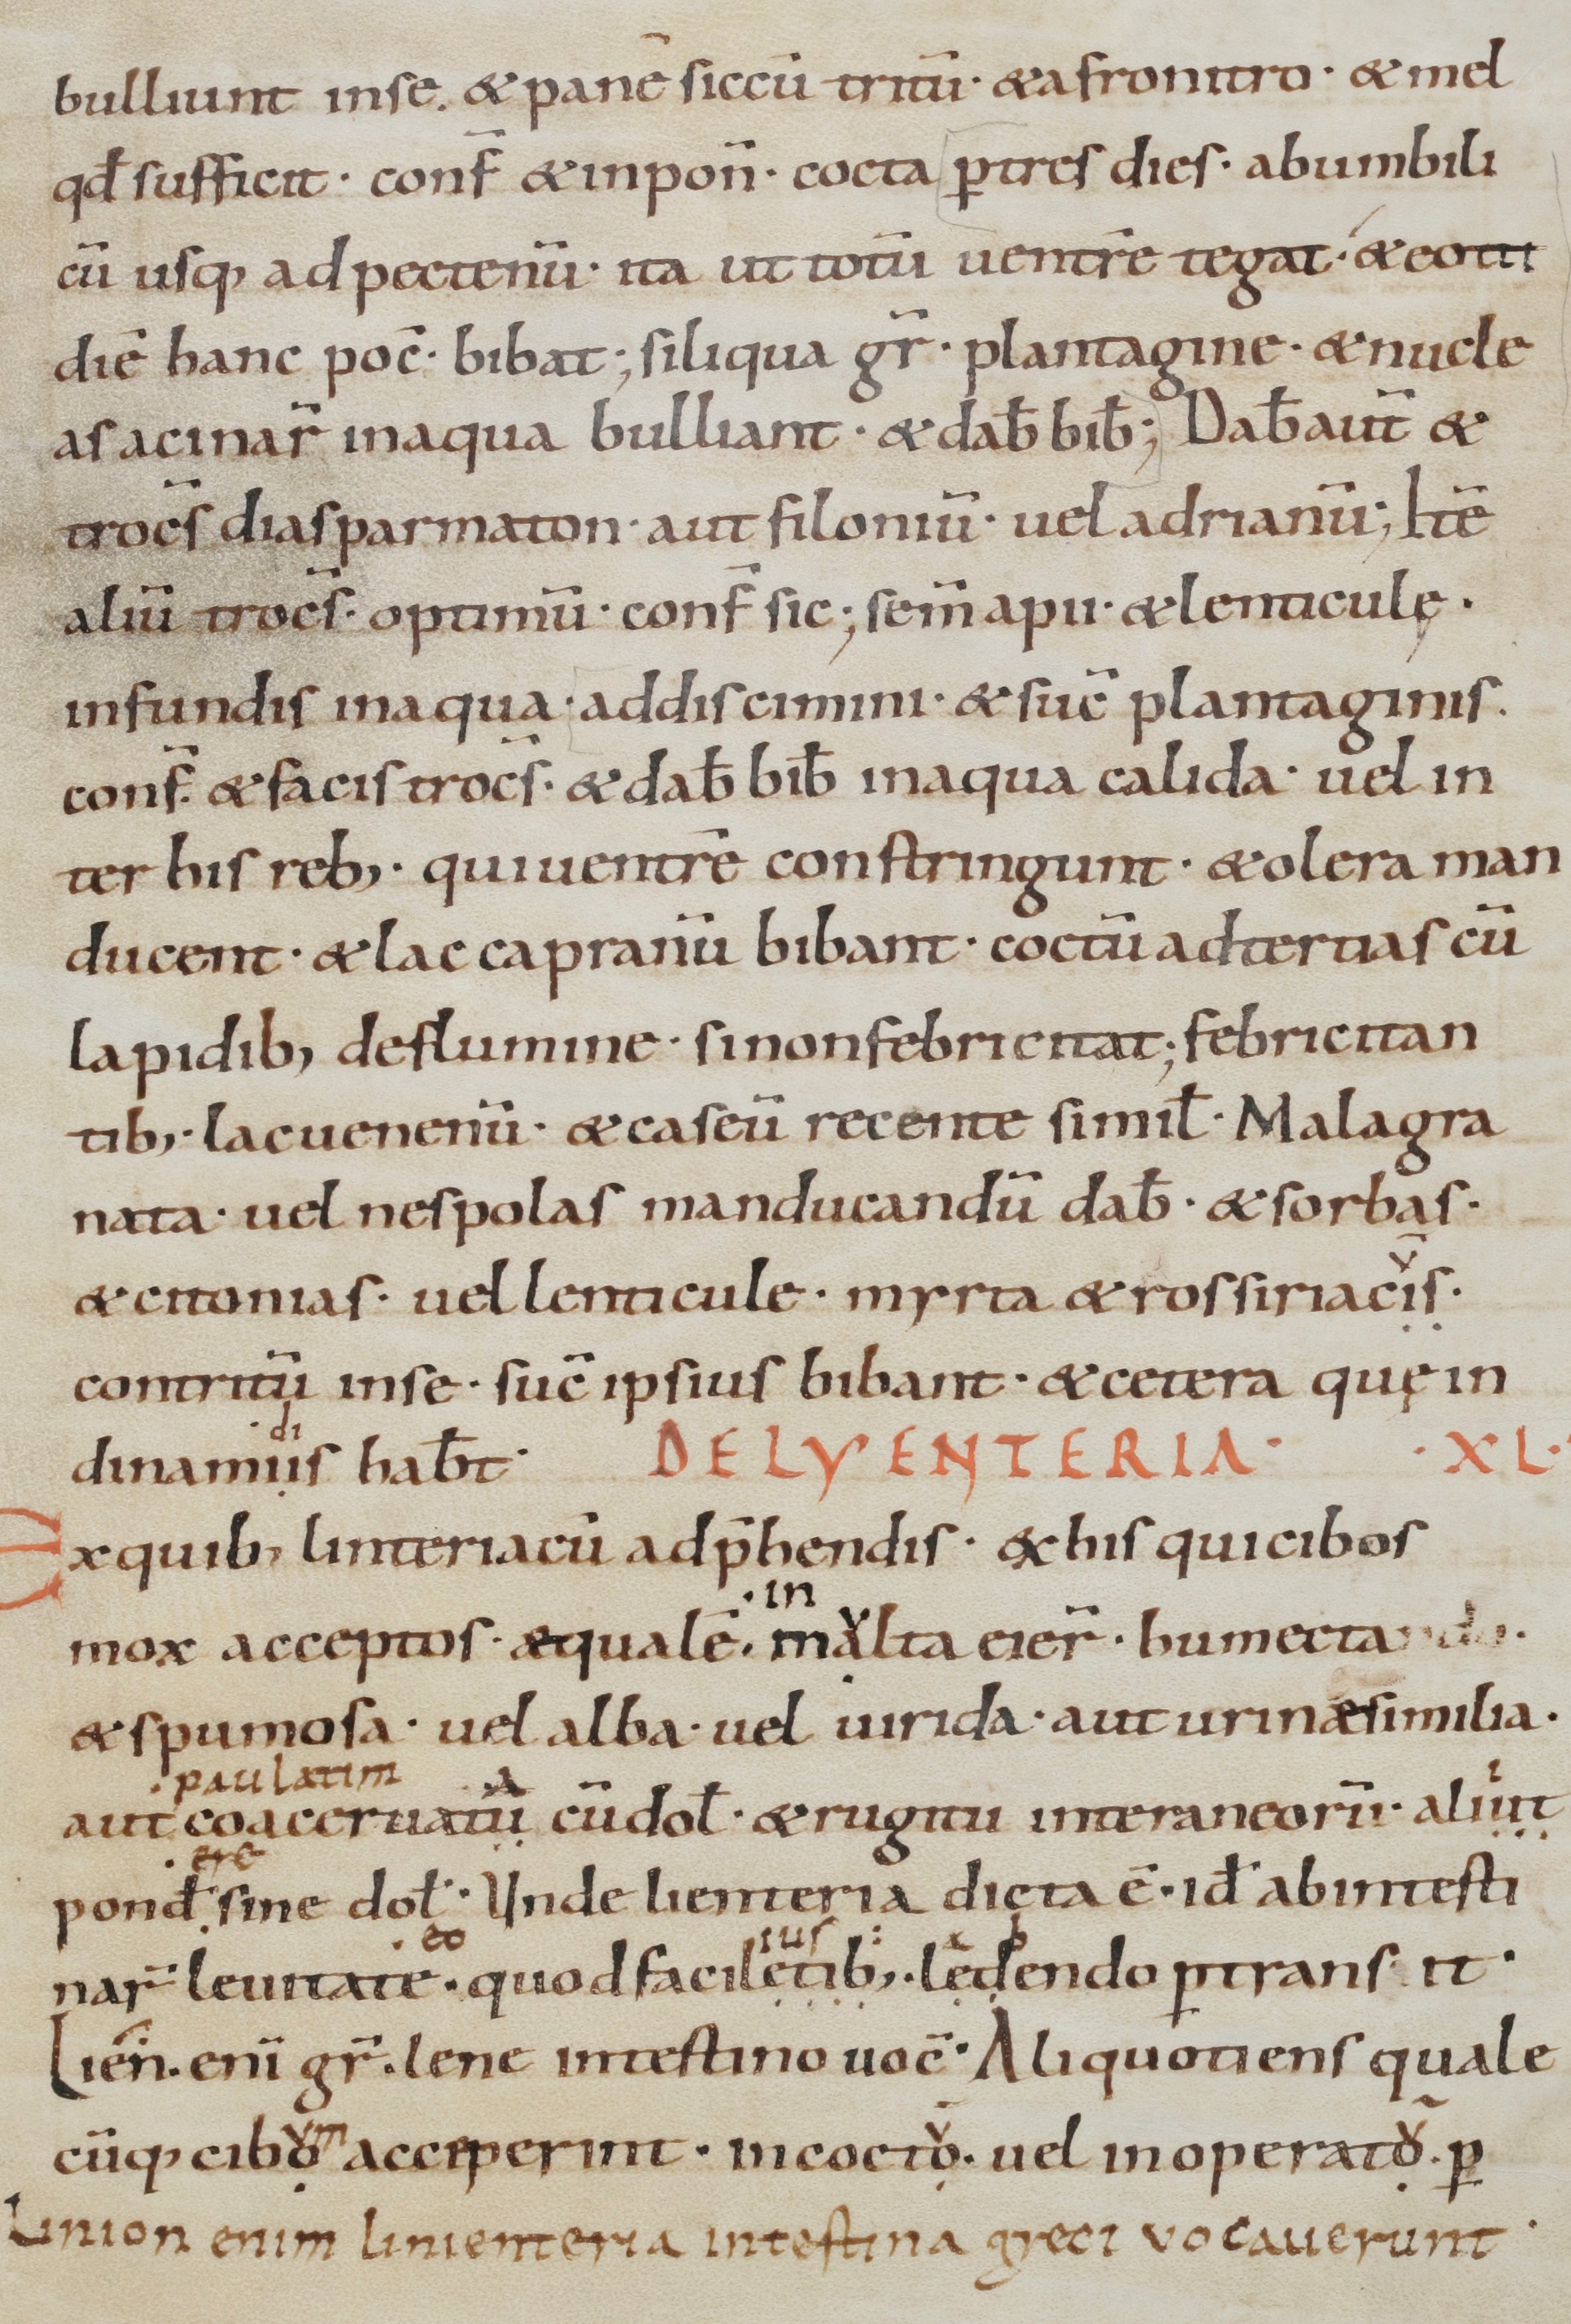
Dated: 900–1099